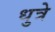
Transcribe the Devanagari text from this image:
धुत्रे